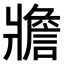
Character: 𤖝